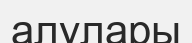
алулары